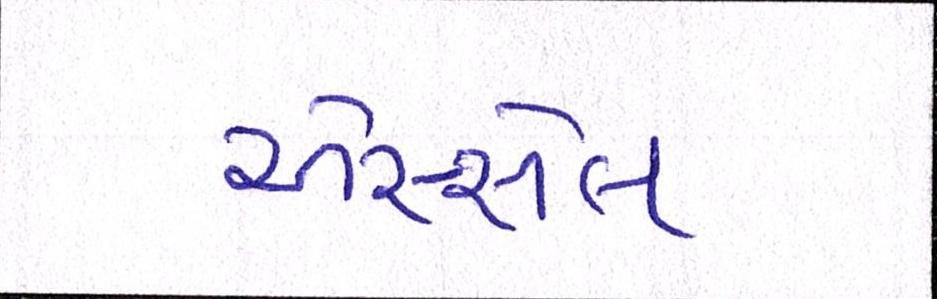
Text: એસ્સેલ